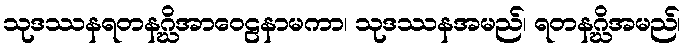
သုဒဿနရတနဂ္ဃိအာဝေဠနာမကာ၊ သုဒဿနအမည်၊ ရတနဂ္ဃိအမည်၊